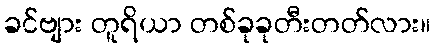
ခင်ဗျား တူရိယာ တစ်ခုခုတီးတတ်လား။